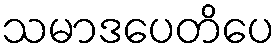
သမာဒပေတိပေ